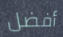
أفضل